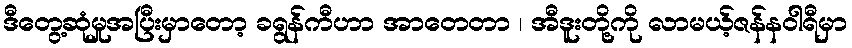
ဒီတွေ့ဆုံမှုအပြီးမှာတော့ ခရွန်ကီဟာ အာတေတာ ၊ အီဒူးတို့ကို လာမယ့်ဇန်နဝါရီမှာ